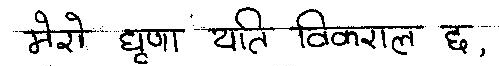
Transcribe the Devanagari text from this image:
मेरो घृणा यति विकराल छ,